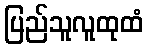
ပြည်သူလူထုထံ